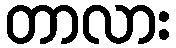
တာလား